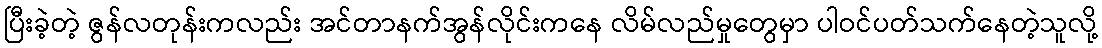
ပြီးခဲ့တဲ့ ဇွန်လတုန်းကလည်း အင်တာနက်အွန်လိုင်းကနေ လိမ်လည်မှုတွေမှာ ပါဝင်ပတ်သက်နေတဲ့သူလို့